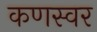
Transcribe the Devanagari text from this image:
कणस्वर